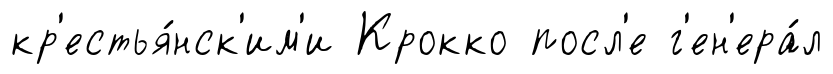
кр'естья́нск'им'и Крокко посл'е г'ен'ера́л